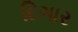
દિગાર